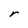
Character: r